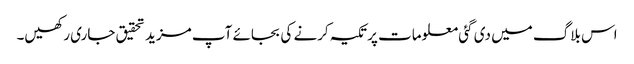
اس بلاگ میں دی گئی معلومات پر تکیہ کرنے کی بجائے آپ مزید تحقیق جاری رکھیں۔